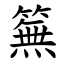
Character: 䉑